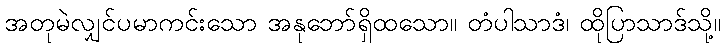
အတုမဲလျှင်ပမာကင်းသော အနုဘော်ရှိထသော။ တံပါသာဒံ၊ ထိုပြာသာဒ်သို့။